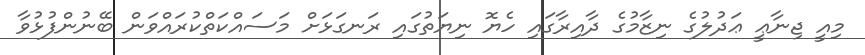
މިއީ ޖިނާޢީ ޢަދުލުގެ ނިޒާމުގެ ދާއިރާގައި ހެޔޮ ނިޔަތުގައި ރަނގަޅަށް މަސައްކަތްކުރައްވަން ބޭނުންފުޅުވާ